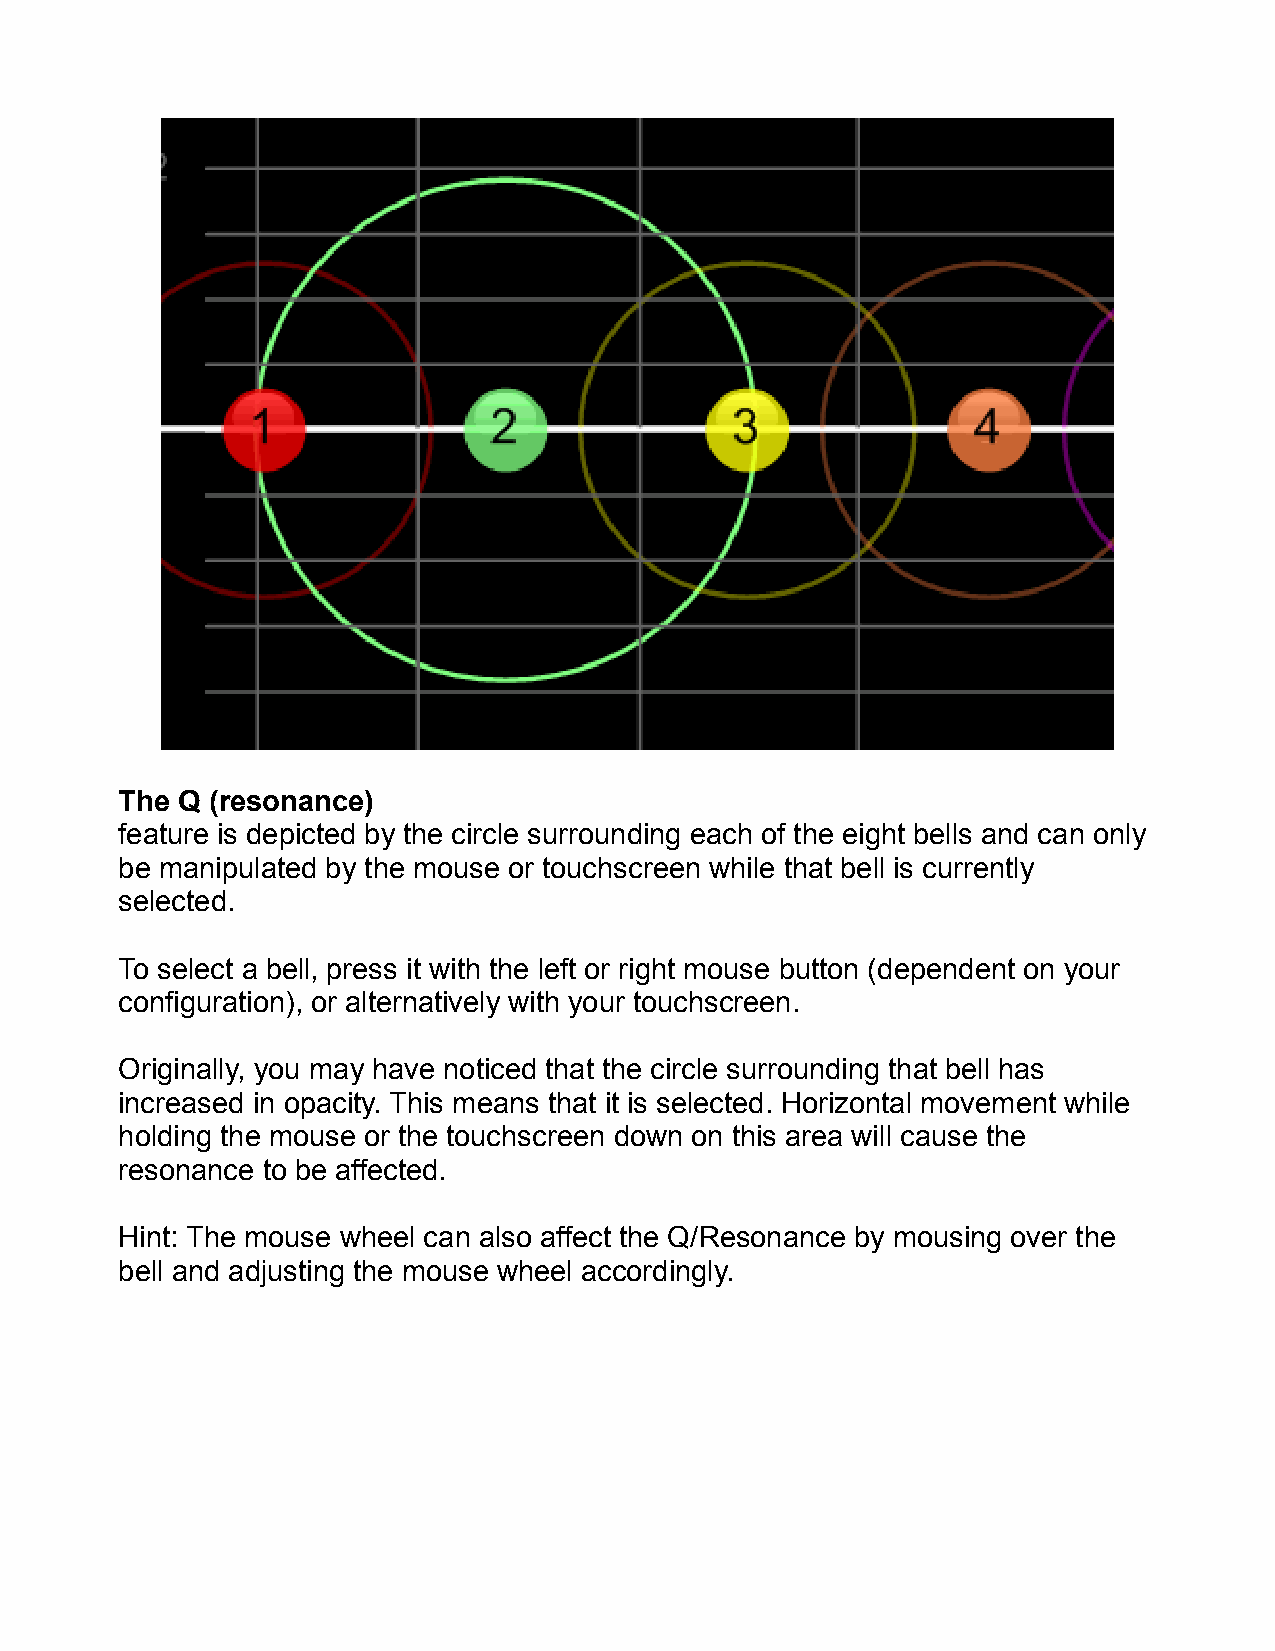
The Q (resonance)
 feature is depicted by the circle surrounding each of the eight bells and can only
 be manipulated by the mouse or touchscreen while that bell is currently
 selected.
 To select a bell, press it with the left or right mouse button (dependent on your
 configuration), or alternatively with your touchscreen.
 Originally, you may have noticed that the circle surrounding that bell has
 increased in opacity. This means that it is selected. Horizontal movement while
 holding the mouse or the touchscreen down on this area will cause the
 resonance to be affected.
 Hint: The mouse wheel can also affect the Q/Resonance by mousing over the
 bell and adjusting the mouse wheel accordingly.